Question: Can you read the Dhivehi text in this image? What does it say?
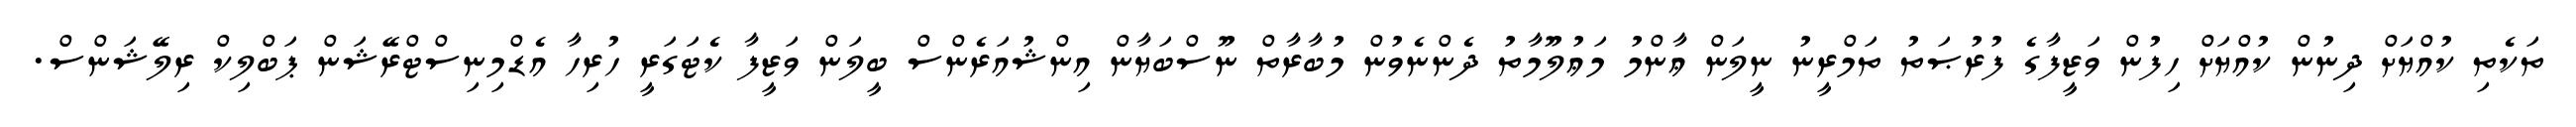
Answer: ތަކެތި ކުއްޔަށް ދިނުން ކުއްޔަށް ހިފުން ވަޒީފާގެ ފުރުޞަތު ތަމްރީނު ނީލަން ޢާންމު މަޢުލޫމާތު ދެންނެވުން މުބާރާތް ނޫސްބަޔާން އިންޝުއަރެންސް ބީލަން ވަޒީފާ ކެޓަގަރީ ހުރިހާ އެޑްމިނިސްޓްރޭޝަން ޕަބްލިކް ރިލޭޝަންސް.